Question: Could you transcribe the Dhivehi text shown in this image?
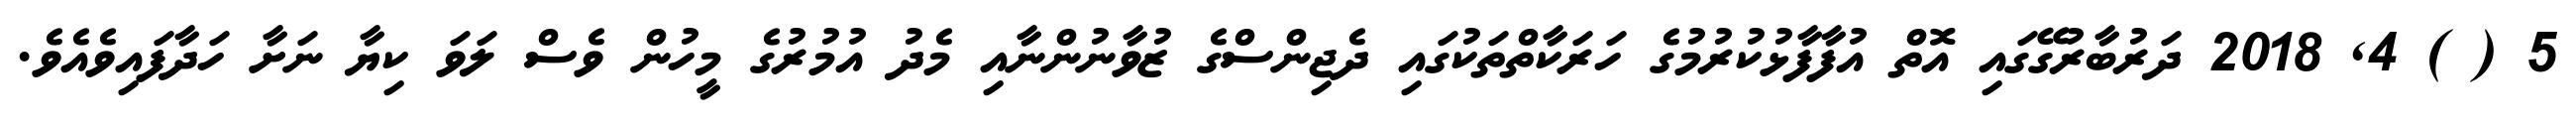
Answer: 5 ( ) 4, 2018 ދަރުބާރުގޭގައި އޮތް އުފާފާޅުކުރުމުގެ ހަރަކާތްތަކުގައި ދެޖިންސްގެ ޒުވާނުންނާއި މެދު އުމުރުގެ މީހުން ވެސް ލަވަ ކިޔާ ނަށާ ހަދާފައިވެއެވެ.